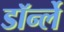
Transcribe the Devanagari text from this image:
डॉर्न्ले